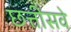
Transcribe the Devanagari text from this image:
छत्तीसवे